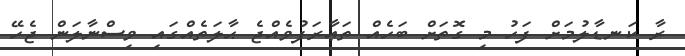
ރާ ކަނޑާލުމަށް ފަހު މި ގޮތަށް ބަހެއް ތަޢާރަފުވެއްޖެ ޙާލަތެއްގައި ވިސްނާލަން ޖެހޭ